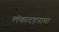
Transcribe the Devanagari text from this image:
लंकादहनाचा